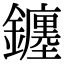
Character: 𨮻